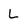
Character: L